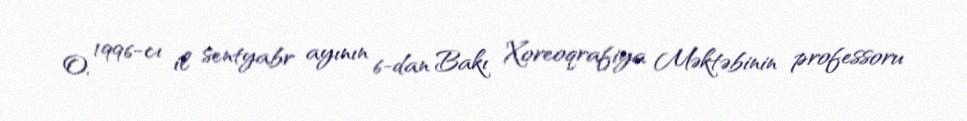
O, 1996-cı il sentyabr ayının 6-dan Bakı Xoreoqrafiya Məktəbinin professoru